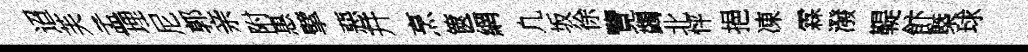
迢芙孟埋尼郭亲附惠擘惡幷烹篋網凢坂徐覽蠲北怦挹凍霖潑鞮飰槩球